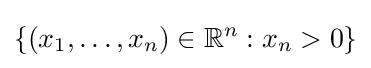
\{(x_{1},\ldots ,x_{n})\in \mathbb {R} ^{n}:x_{n}>0\}